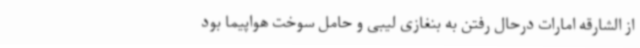
از الشارقه امارات درحال رفتن به بنغازی لیبی و حامل سوخت هواپیما بود